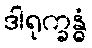
ဒါရုက္ခန္ဓံ